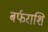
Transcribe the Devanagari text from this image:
बर्फराशि